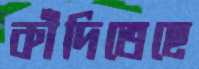
কাঁদিতেছে